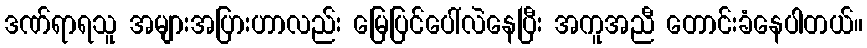
ဒဏ်ရာရသူ အများအပြားဟာလည်း မြေပြင်ပေါ်လဲနေပြီး အကူအညီ တောင်းခံနေပါတယ်။